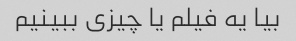
بیا یه فیلم یا چیزی ببینیم